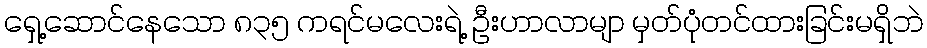
ရှေ့ဆောင်နေသော ၈၃၅ ကရင်မလေးရဲ့ ဦးဟာလာမျာ မှတ်ပုံတင်ထားခြင်းမရှိဘဲ